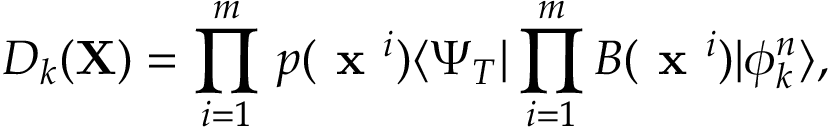
D _ { k } ( { \mathbf X } ) = \prod _ { i = 1 } ^ { m } \, p ( \textbf { x } ^ { i } ) \langle \Psi _ { T } | \prod _ { i = 1 } ^ { m } B ( \textbf { x } ^ { i } ) | \phi _ { k } ^ { n } \rangle ,